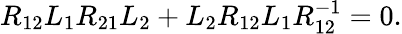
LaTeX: R_{12}L_{1}R_{21}L_{2}+L_{2}R_{12}L_{1}R_{12}^{-1}=0.